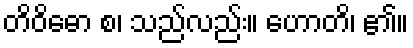
တိဝိဓော စ၊ သည်လည်း။ ဟောတိ၊ ၏။